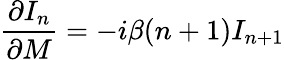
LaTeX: {\frac{\partial I_{n}}{\partial M}}=-i\beta(n+1)I_{n+1}